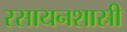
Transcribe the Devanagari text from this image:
रसायनशास्री